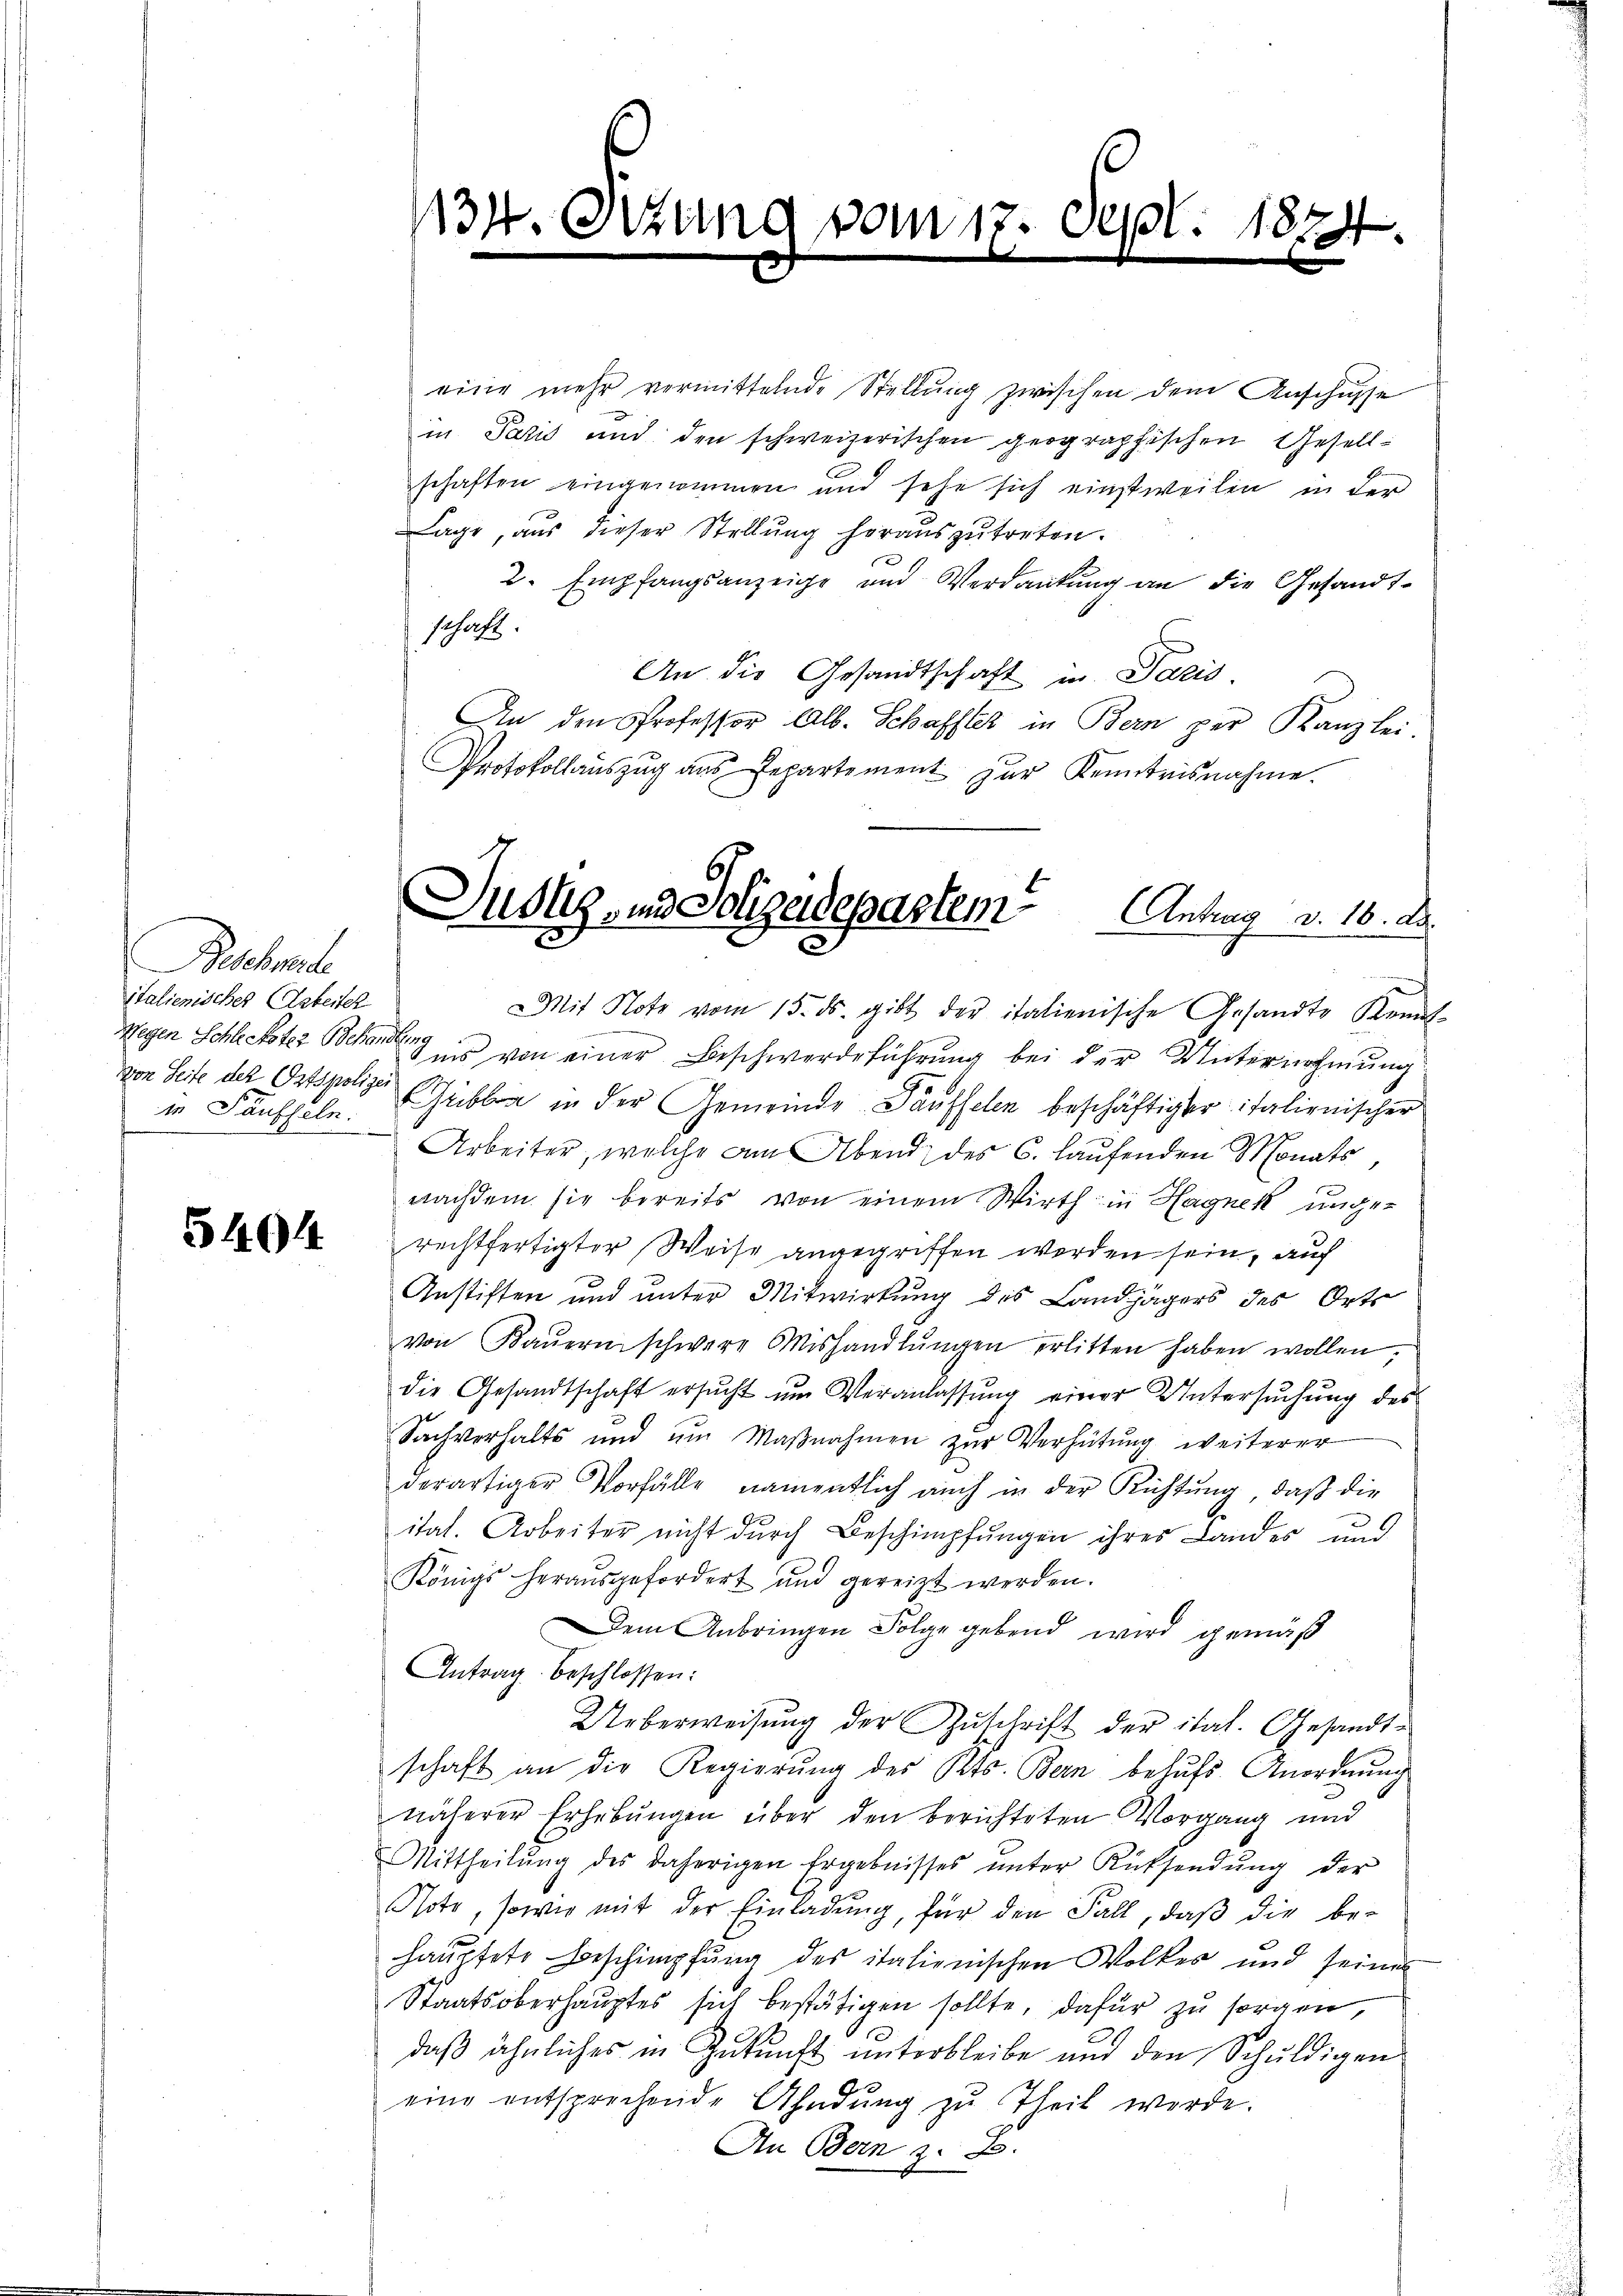
Beschmale
italienisches Arbeiter
in Säuffeln.

5404

1134. Octzung vom 17. Sept. 1874.
.

eine mehr vermittelnde Stellung zwischen dem Anschusse
in Paris und den schweizerischen geographischen Gesellschaften eingenommen und sehe sich einstweilen in der
Lage, aus dieser Stellŭng heraŭszŭtreten.
2. Empfangsanzeige und Verdankung an die Gesandtschaft.
An die Gesandtschaft in Paris.
An den Professor Alb. Schaffter in Bern per Kanzlei.
Protokollauszug aus Departement zur Kenntnisnahme.

Susky, und Polizeidepartem Antrag v. 16. A.

Mit Note vom 15. ds. gibt der italienische Gesandte Kennt-
Wegen Schlechter Bern es von einer Beschwerdeführung bei der Unternehmung
von Seite des Ortspolize Gublia in der Gemeinde Säuffelen beschäftigter italienischer
Arbeiter, welche am Abend des C. laufenden Monats
nachdem sie bereits von einem Wirth in Hagnek unge-
rechtfertigter Weise angegriffen werden sein, auch
Anstiften und unter Mitwirkung des Landjägers des Orts
von Baŭern schwere Mishandlŭngen erlitten haben wollen,
die Gesandtschaft ersucht um Veranlassung einer Untersuchung des
Sachverhalts und um Maβnahmen zŭr Verhütung weiterer
derartiger Vorfälle, namentlich auch in der Richtung, daß die
.
itat. Arbeiter nicht durch Beschimpfungen ihres Landes und
Königs herausgefordert und gereizt werden.
Dem Anbringen Folge gebend wird gemäß
Antrag beschlossen:
Ueberweisung der Zuschrift der ital. Gesandtschaft an die Regierŭng des Kts. Bern behŭfs Anordnung
näherer Erhebŭngen über den berichteten Vorgang und
Mittheilŭng des daherigen Ergebnisses ŭnter Rücksendŭng der
Psote, sowie mit der Einladung, für den Fall, daß die be-
hauptete Beschimpfung des italienischen Wolkes und seines
Staatsoberhauptes sich bestätigen sollte, dafür zu sorgen,
daß ähnliches in Zukunft unterbleibe und den Schuldigen
eine entsprechende Ahndŭng zu Theil werde.
An Bern z. B.